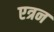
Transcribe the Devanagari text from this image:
एत्रन